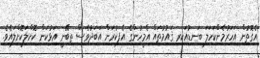
އެގޮތުން އަހަރުމެންކަހަލަ ބަނޑުއަކިރި ޤައުމުތައް އެމީހުންގެ އެފިކުރަން އަބަދުވެސް ތިބޭނީ އަޅުކަން ކޮށްލަކޮށްލައެވެ.